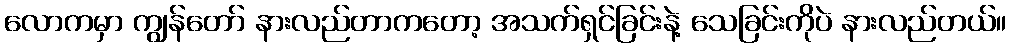
လောကမှာ ကျွန်တော် နားလည်တာကတော့ အသက်ရှင်ခြင်းနဲ့ သေခြင်းကိုပဲ နားလည်တယ်။